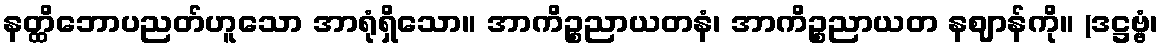
နတ္ထိဘောပညတ်ဟူသော အာရုံရှိသော။ အာကိဉ္စညာယတနံ၊ အာကိဉ္စညာယတ နဈာန်ကို။ (ဒဋ္ဌဗ္ဗံ၊